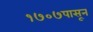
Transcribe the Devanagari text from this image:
१७०७पासून